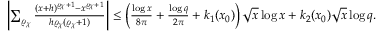
\begin{array} { r } { \left| \sum _ { \varrho _ { \chi } } \frac { ( x + h ) ^ { \varrho _ { \chi } + 1 } - x ^ { \varrho _ { \chi } + 1 } } { h \varrho _ { \chi } ( \varrho _ { \chi } + 1 ) } \right| \leq \left( \frac { \log { x } } { 8 \pi } + \frac { \log { q } } { 2 \pi } + k _ { 1 } ( x _ { 0 } ) \right) \sqrt { x } \log { x } + k _ { 2 } ( x _ { 0 } ) \sqrt { x } \log { q } . } \end{array}